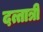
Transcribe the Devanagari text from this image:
दत्तात्री